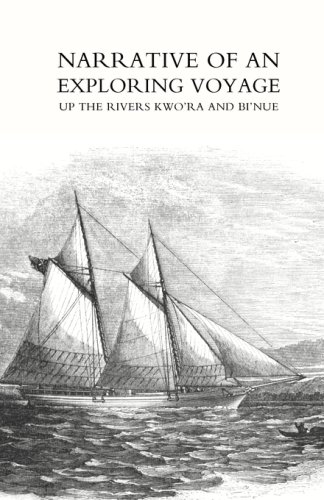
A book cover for Narrative of an exploring voyage up the rivers Kwo'ra and Bi'nue (Commonly known as the Niger and Tsadda) in 1854; William Balfour Baikie; Travel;